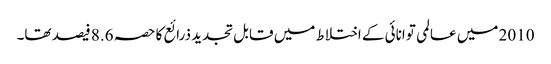
2010 میں عالمی توانائی کے اختلاط میں قابل تجدید ذرائع کا حصہ 8.6 فیصد تھا۔